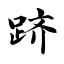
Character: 跻